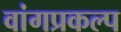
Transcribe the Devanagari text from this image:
वांगप्रकल्प